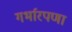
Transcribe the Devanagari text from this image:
गर्भारपणा